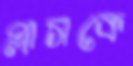
প্লাসকে